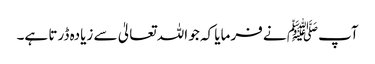
آپﷺ نے فرمایا کہ جو اللہ تعالیٰ سے زیادہ ڈرتا ہے۔